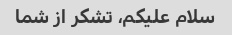
سلام علیکم، تشکر از شما